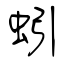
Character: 蚓